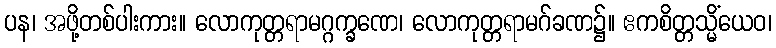
ပန၊ အဖို့တစ်ပါးကား။ လောကုတ္တရာမဂ္ဂက္ခဏေ၊ လောကုတ္တရာမဂ်ခဏ၌။ ဧကစိတ္တသ္မိံယေဝ၊